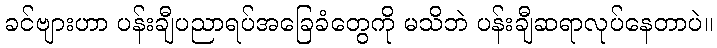
ခင်ဗျားဟာ ပန်းချီပညာရပ်အခြေခံတွေကို မသိဘဲ ပန်းချီဆရာလုပ်နေတာပဲ။